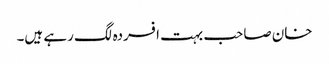
خان صاحب بہت افسردہ لگ رہے ہیں۔